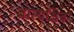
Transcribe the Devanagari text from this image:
बात्यक्षिक